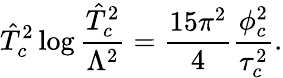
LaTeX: \hat{T}_{c}^{2}\log{\frac{\hat{T}_{c}^{2}}{\Lambda^{2}}}=\frac{15\pi^{2}}{4}\frac{\phi_{c}^{2}}{\tau_{c}^{2}}.